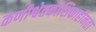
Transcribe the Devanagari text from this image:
कणीश्वेतकोशिकाहीनता